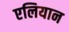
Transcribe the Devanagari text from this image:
एलियान